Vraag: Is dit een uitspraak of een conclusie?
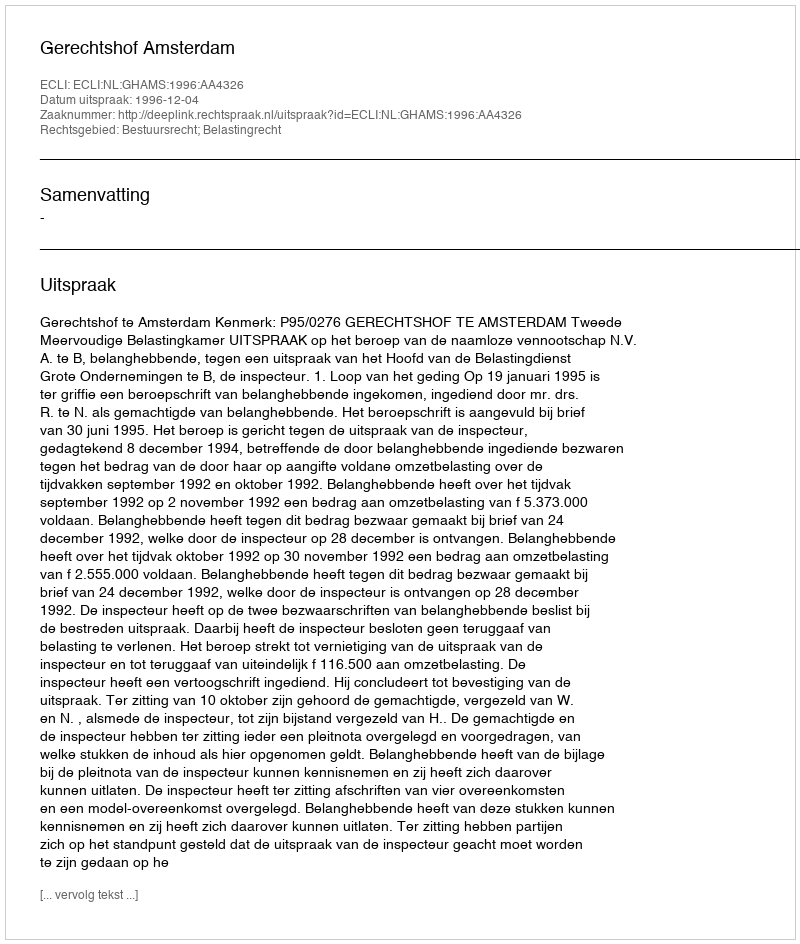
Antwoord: Uitspraak